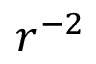
r ^ { - 2 }